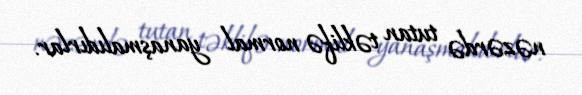
nəzərdə tutan təklifə normal yanaşmalıdırlar.